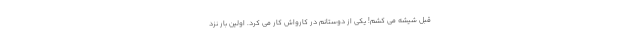
قبل شیشه می کشم! یکی از دوستانم در کارواش کار می کرد. اولین بار نزد